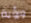
ورؤية